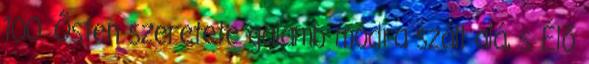
100. Ősten szeretete galamb módra száll alá, s Élő